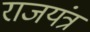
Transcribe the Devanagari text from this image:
राजयंत्र